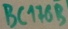
Text: BC176B